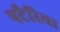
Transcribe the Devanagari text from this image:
पटैरिया